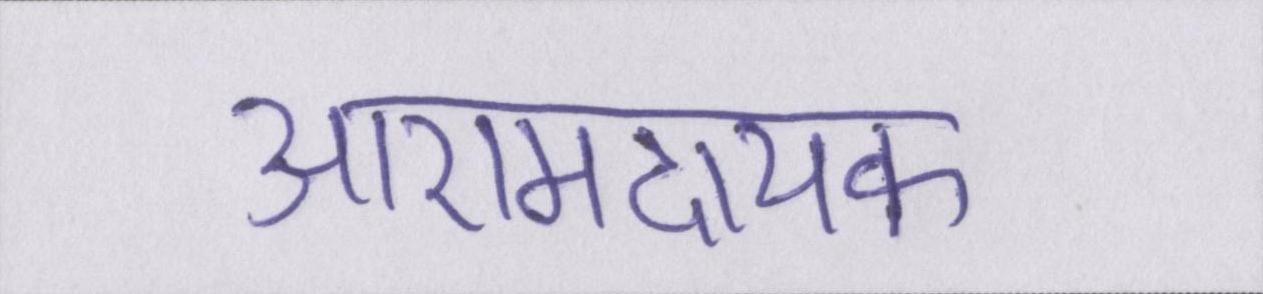
आरामदायक